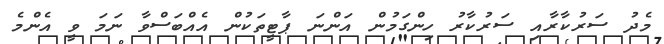
މެދު ސަރުކާރާއި ސަރުކާރު ހިންގަމުން އަންނަ ޕާޓީތަކުން އެއްބަސްވާ ނަމަ ވީ އެންމެ